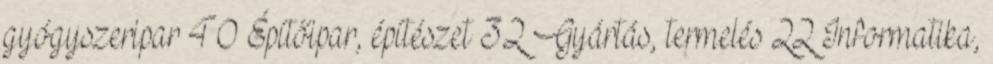
gyógyszeripar 40 Építőipar, építészet 32 Gyártás, termelés 22 Informatika,